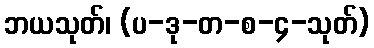
ဘယသုတ်၊ (ပ-ဒု-တ-စ-၄-သုတ်)